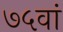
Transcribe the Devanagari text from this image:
७५वां